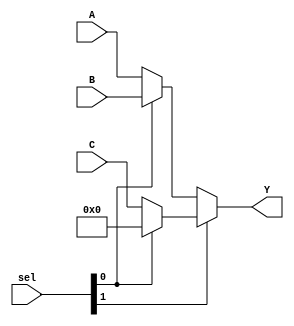
module mux3_1(
    input [7:0] A, B, C,
    input [1:0] sel,
    output [7:0] Y
);

    assign Y = sel[1] ? (sel[0] ? 8'b0 : C) : (sel[0] ? B : A);

endmodule